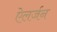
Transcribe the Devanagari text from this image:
ऐलर्जन